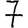
Digit: 7